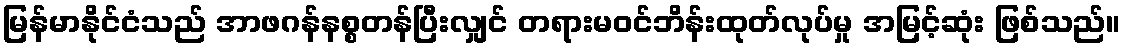
မြန်မာနိုင်ငံသည် အာဖဂန်နစ္စတန်ပြီးလျှင် တရားမဝင်ဘိန်းထုတ်လုပ်မှု အမြင့်ဆုံး ဖြစ်သည်။